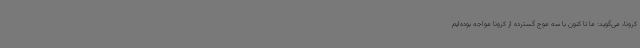
کرونا، می‌گوید: ما تا کنون با سه موج گسترده از کرونا مواجه بوده‌ایم